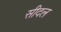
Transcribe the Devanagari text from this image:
सीदल